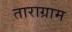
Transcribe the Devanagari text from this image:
ताराग्राम